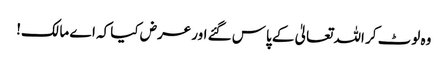
وہ لوٹ کر اللہ تعالیٰ کے پاس گئے اور عرض کیا کہ اے مالک!